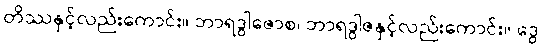
တိဿနှင့်လည်းကောင်း။ ဘာရဒွါဇောစ၊ ဘာရဒွါဇနှင့်လည်းကောင်း။ ဒွေ၊